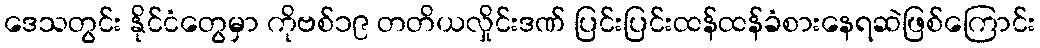
ဒေသတွင်း နိုင်ငံတွေမှာ ကိုဗစ်၁၉ တတိယလှိုင်းဒဏ် ပြင်းပြင်းထန်ထန်ခံစားနေရဆဲဖြစ်ကြောင်း